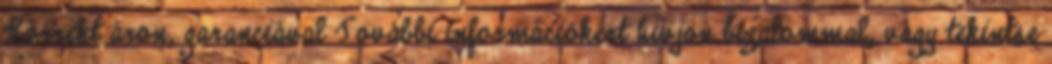
Korrekt áron, garanciával További információkért hívjon bizalommal, vagy tekintse